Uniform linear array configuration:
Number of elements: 12
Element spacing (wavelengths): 1
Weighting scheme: binomial
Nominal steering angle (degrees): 15
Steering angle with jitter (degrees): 13.376
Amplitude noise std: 0.05
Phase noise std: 0.05

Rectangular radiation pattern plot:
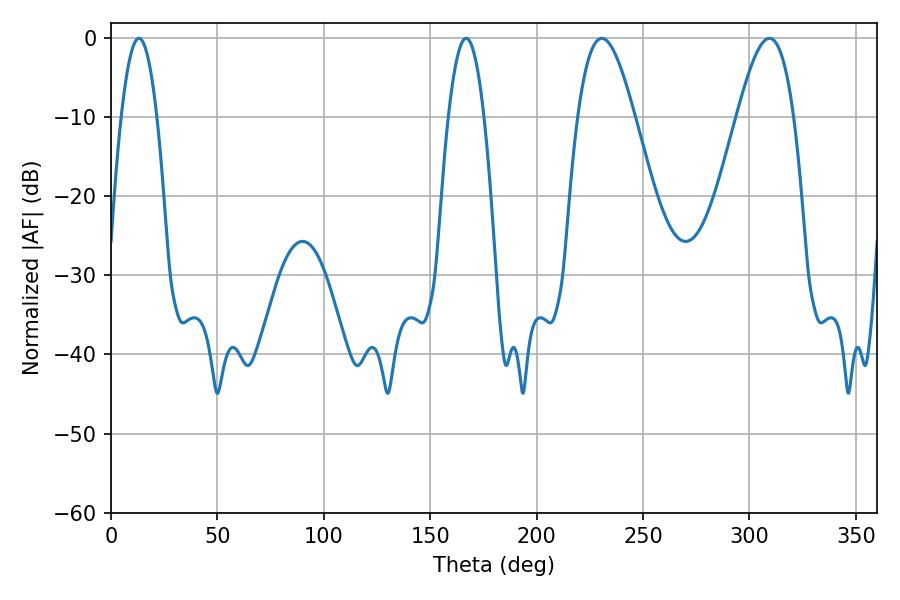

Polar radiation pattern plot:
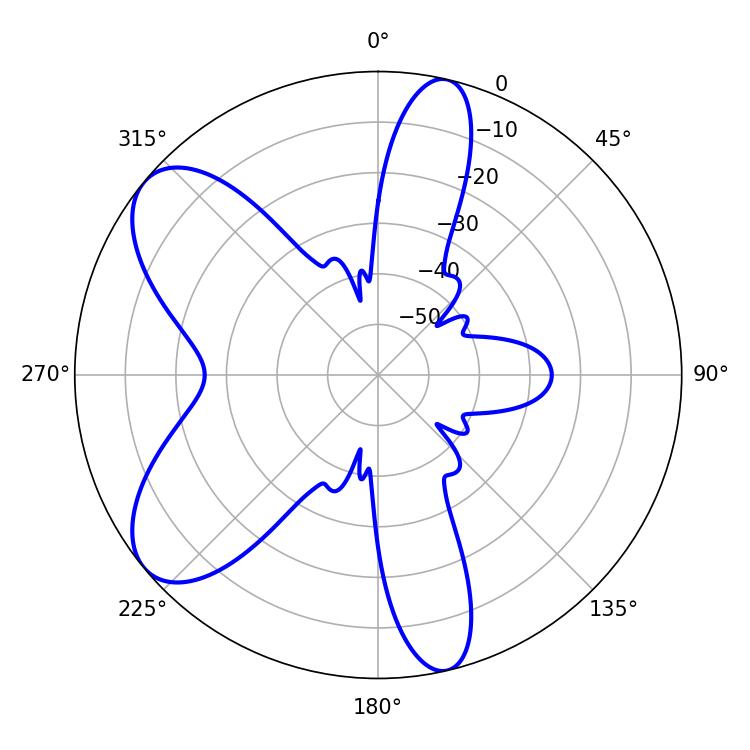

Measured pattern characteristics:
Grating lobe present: TRUE
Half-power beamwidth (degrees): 9
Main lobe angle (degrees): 166.86